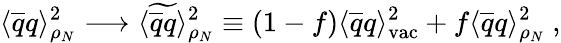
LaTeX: \langle\overline{{{q}}}q\rangle_{\rho_{N}}^{2}\longrightarrow\langle\widetilde{\overline{{{q}}}q}\rangle_{\rho_{N}}^{2}\equiv(1-f)\langle\overline{{{q}}}q\rangle_{\mathrm{vac}}^{2}+f\langle\overline{{{q}}}q\rangle_{\rho_{N}}^{2}\ ,